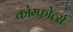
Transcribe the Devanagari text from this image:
कोम्फोर्त्स